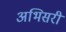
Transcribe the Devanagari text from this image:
अभिसरी